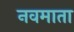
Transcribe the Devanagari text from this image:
नवमाता